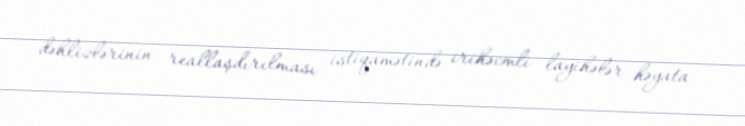
dəhlizlərinin reallaşdırılması istiqamətində irihəcmli layihələr həyata